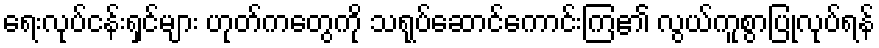
ရေးလုပ်ငန်းရှင်များ ဟုတ်ကတွေကို သရုပ်ဆောင်ကောင်းကြ၏ လွယ်ကူစွာပြုလုပ်ရန်